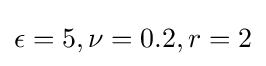
\epsilon =5,\nu =0.2,r=2